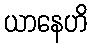
ယာနေဟိ